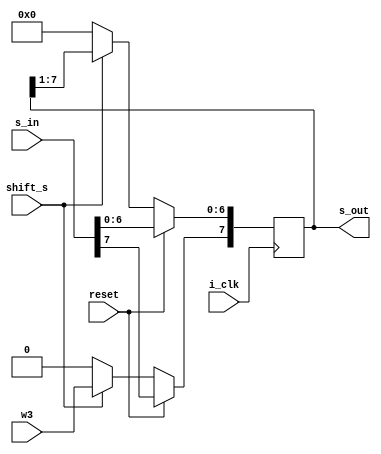
module Shift_reg_sum ( s_in , s_out , i_clk ,w3 ,  reset , shift_s );
parameter N3 = 8;
input i_clk ;
input reset ;
input [N3-1:0] s_in ;
input shift_s ;
input w3 ;
output reg [N3-1:0] s_out ;



always @ (posedge i_clk )
          begin
        if (reset)
                  begin
            s_out <= s_in ;
              end
             else if (shift_s)
               begin
                         s_out <= {s_in, s_out[7:1]} ;    /////////shift right///
                  s_out[7] <= w3  ;
       end
           else
     begin
       s_out <= 8'b0000_0000;
       end
   end
 
endmodule